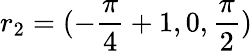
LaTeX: r_{2}=(-\frac{\pi}{4}+1,0,\frac{\pi}{2})